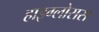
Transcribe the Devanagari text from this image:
हाइग्लोसस